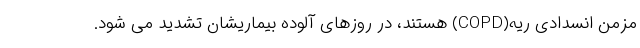
مزمن انسدادی ریه(COPD) هستند، در روزهای آلوده بیماریشان تشدید می شود.